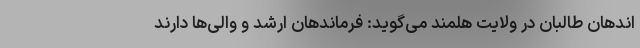
اندهان طالبان در ولایت هلمند می‌گوید: فرماندهان ارشد و والی‌ها دارند